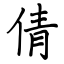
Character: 倩